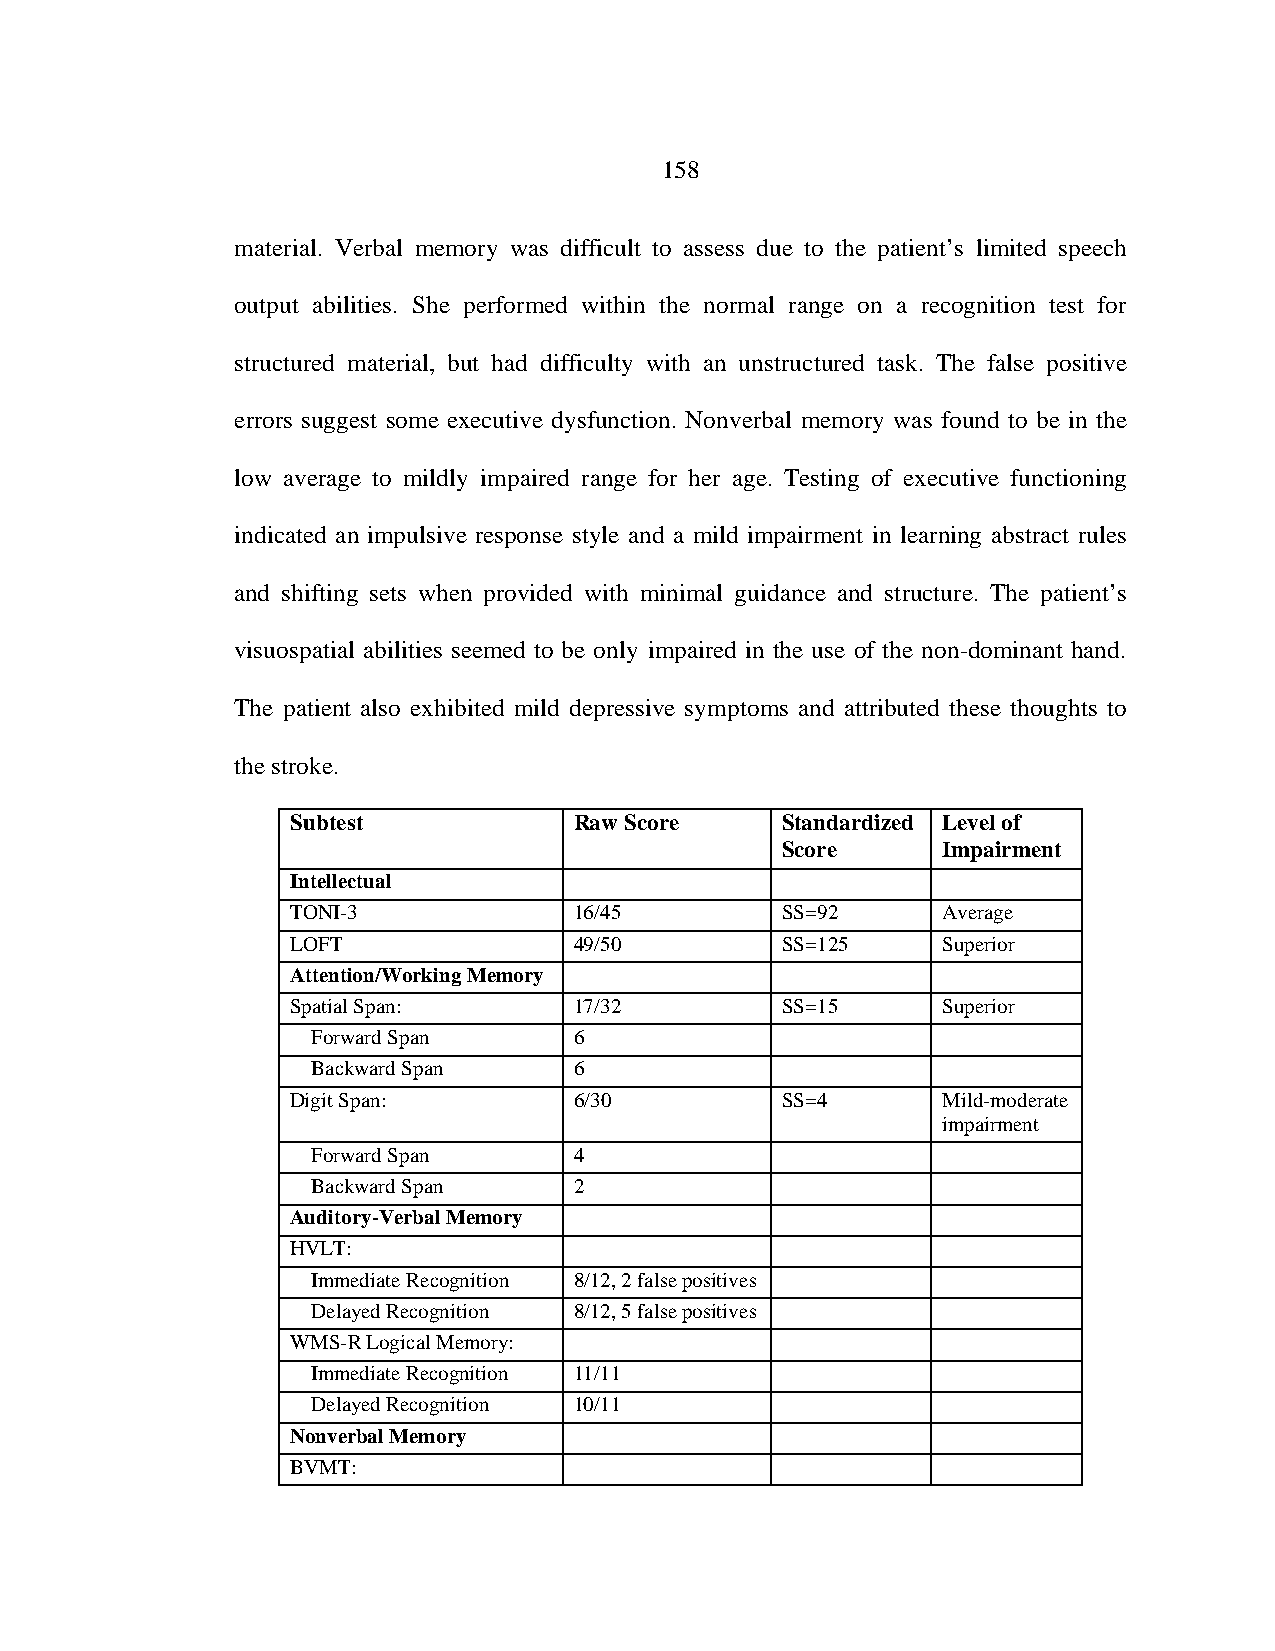
158
 material. Verbal memory was difficult to assess due to the patient’s limited speech
 output abilities. She performed within the normal range on a recognition test for
 structured material, but had difficulty with an unstructured task. The false positive
 errors suggest some executive dysfunction. Nonverbal memory was found to be in the
 low average to mildly impaired range for her age. Testing of executive functioning
 indicated an impulsive response style and a mild impairment in learning abstract rules
 and shifting sets when provided with minimal guidance and structure. The patient’s
 visuospatial abilities seemed to be only impaired in the use of the non-dominant hand.
 The patient also exhibited mild depressive symptoms and attributed these thoughts to
 the stroke.
 Subtest            Raw Score     Standardized Level of
 Score     Impairment
 Intellectual
 TONI-3             16/45         SS=92     Average
 LOFT               49/50         SS=125    Superior
 Attention/Working Memory
 Spatial Span:      17/32         SS=15     Superior
 Forward Span     6
 Backward Span    6
 Digit Span:        6/30          SS=4      Mild-moderate
 impairment
 Forward Span     4
 Backward Span    2
 Auditory-Verbal Memory
 HVLT:
 Immediate Recognition 8/12, 2 false positives
 Delayed Recognition 8/12, 5 false positives
 WMS-R Logical Memory:
 Immediate Recognition 11/11
 Delayed Recognition 10/11
 Nonverbal Memory
 BVMT: